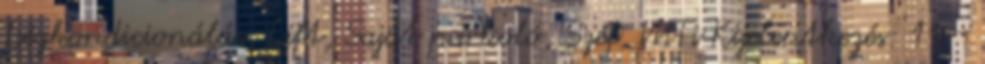
Légkondicionálás, Lift, Saját parkoló, Széf, WiFi Kijelentkezés: 11 -